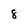
Character: 8